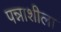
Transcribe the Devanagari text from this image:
पन्नाशीला